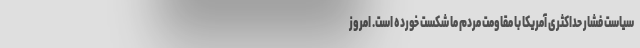
سیاست فشار حداکثری آمریکا با مقاومت مردم ما شکست خورده است. امروز